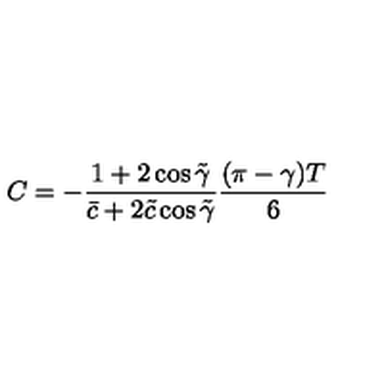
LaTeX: C = - \frac { 1 + 2 \cos \tilde { \gamma } } { \bar { c } + 2 \tilde { c } \cos \tilde { \gamma } } \frac { ( \pi - \gamma ) T } { 6 }